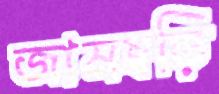
জামছড়ি